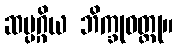
ဆဗ္ပဂ္ဂိယ ဘိက္ခုဝတ္ထု။